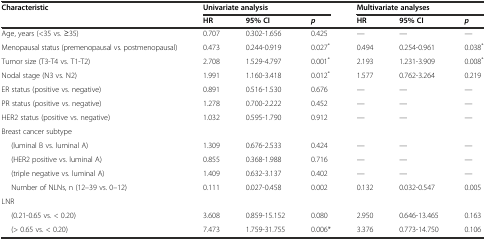
<table><thead><tr><td rowspan="2"><b>Characteristic</b></td><td colspan="3"><b>Univariate analysis</b></td><td colspan="3"><b>Multivariate analyses</b></td></tr><tr><td><b>HR</b></td><td><b>95% CI</b></td><td><b><i>p</i></b></td><td><b>HR</b></td><td><b>95% CI</b></td><td><b><i>p</i></b></td></tr></thead><tbody><tr><td>Age, years (&lt;35 vs. ≥35)</td><td>0.707</td><td>0.302-1.656</td><td>0.425</td><td>—</td><td>—</td><td>—</td></tr><tr><td>Menopausal status (premenopausal vs. postmenopausal)</td><td>0.473</td><td>0.244-0.919</td><td>0.027<sup>*</sup></td><td>0.494</td><td>0.254-0.961</td><td>0.038<sup>*</sup></td></tr><tr><td>Tumor size (T3-T4 vs. T1-T2)</td><td>2.708</td><td>1.529-4.797</td><td>0.001<sup>*</sup></td><td>2.193</td><td>1.231-3.909</td><td>0.008<sup>*</sup></td></tr><tr><td>Nodal stage (N3 vs. N2)</td><td>1.991</td><td>1.160-3.418</td><td>0.012<sup>*</sup></td><td>1.577</td><td>0.762-3.264</td><td>0.219</td></tr><tr><td>ER status (positive vs. negative)</td><td>0.891</td><td>0.516-1.530</td><td>0.676</td><td>—</td><td>—</td><td>—</td></tr><tr><td>PR status (positive vs. negative)</td><td>1.278</td><td>0.700-2.222</td><td>0.452</td><td>—</td><td>—</td><td>—</td></tr><tr><td>HER2 status (positive vs. negative)</td><td>1.032</td><td>0.595-1.790</td><td>0.912</td><td>—</td><td>—</td><td>—</td></tr><tr><td colspan="7">Breast cancer subtype</td></tr><tr><td>(luminal B vs. luminal A)</td><td>1.309</td><td>0.676-2.533</td><td>0.424</td><td>—</td><td>—</td><td>—</td></tr><tr><td>(HER2 positive vs. luminal A)</td><td>0.855</td><td>0.368-1.988</td><td>0.716</td><td>—</td><td>—</td><td>—</td></tr><tr><td>(triple negative vs. luminal A)</td><td>1.409</td><td>0.632-3.137</td><td>0.402</td><td>—</td><td>—</td><td>—</td></tr><tr><td>Number of NLNs, n (12–39 vs. 0–12)</td><td>0.111</td><td>0.027-0.458</td><td>0.002</td><td>0.132</td><td>0.032-0.547</td><td>0.005</td></tr><tr><td colspan="7">LNR</td></tr><tr><td>(0.21-0.65 vs. &lt; 0.20)</td><td>3.608</td><td>0.859-15.152</td><td>0.080</td><td>2.950</td><td>0.646-13.465</td><td>0.163</td></tr><tr><td>(&gt; 0.65 vs. &lt; 0.20)</td><td>7.473</td><td>1.759-31.755</td><td>0.006*</td><td>3.376</td><td>0.773-14.750</td><td>0.106</td></tr></tbody></table>